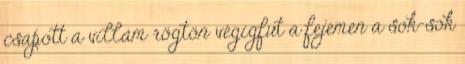
csapott a villám rögtön végigfut a fejemen a sok-sok